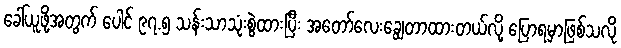
ခေါ်ယူဖို့အတွက် ပေါင် ၉၇.၅ သန်းသာသုံးစွဲထားပြီး အတော်လေးချွေတာထားတယ်လို့ ပြောရမှာဖြစ်သလို